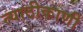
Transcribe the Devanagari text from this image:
त्याठीकाणी